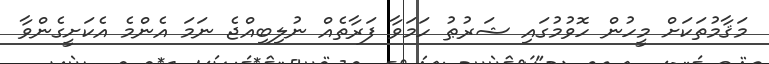
މަޤާމުތަކަށް މީހުން ހޮވުމުގައި ޝަރުޠު ހަމަވާ ފަރާތެއް ނުލިބިއްޖެ ނަމަ އެންމެ އެކަށީގެންވާ